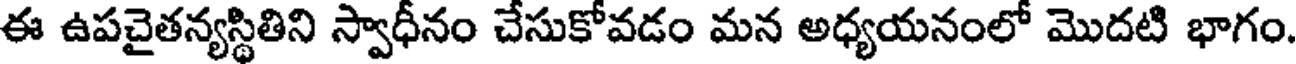
ఈ ఉపచైతన్యస్థితిని స్వాధీనం చేసుకోవడం మన అధ్యయనంలో మొదటి భాగం